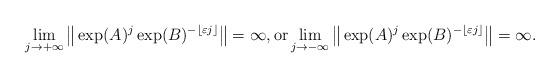
LaTeX: \begin{align*} \lim_{j \to +\infty} \big\| \exp(A)^j \exp(B)^{-\lfloor \varepsilon j \rfloor} \big\| = \infty, \mbox{or} \lim_{j\to -\infty} \big\| \exp(A)^j \exp(B)^{-\lfloor \varepsilon j \rfloor} \big\| =\infty.\end{align*}